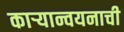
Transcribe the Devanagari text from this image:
काऱ्यान्वयनाची